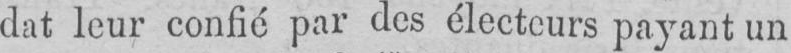
dat leur confié par des électeurs payant un